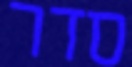
סדר